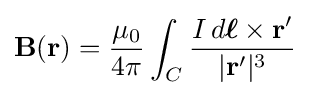
\mathbf {B} (\mathbf {r} )={\frac {\mu _{0}}{4\pi }}\int _{C}{\frac {I\,d{\boldsymbol {\ell }}\times \mathbf {r'} }{|\mathbf {r'} |^{3}}}